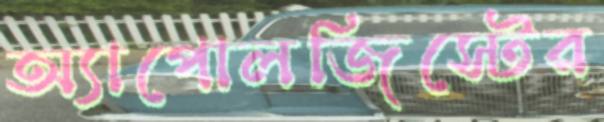
অ্যাপোলজিস্টের